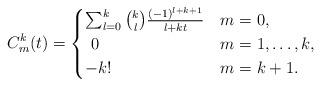
LaTeX: \begin{align*} C^k_m(t) = \begin{cases} \sum_{l=0}^k\binom{k}{l}\frac{(-1)^{l+k+1}}{l+kt} & m=0, \\ ~0 & m=1,\ldots, k,\\ -k! & m=k+1. \end{cases} \end{align*}